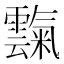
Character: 霼